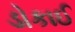
ડોકાઈ